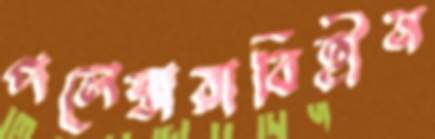
পলেস্তারাবিহীন